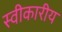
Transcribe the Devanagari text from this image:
स्वीकारीय